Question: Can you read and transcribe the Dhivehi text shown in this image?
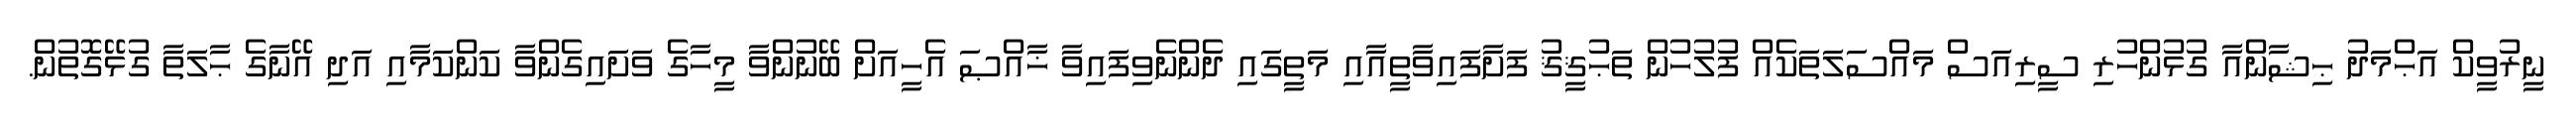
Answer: ނީރުވީކް އަޙްމަދު ޙިޝާންއާ ގުޅުންހުރި ސީރިއަސް މައްސަލަތަކެއް ފުލުހުން ތަޙުޤީޤު ފަށާފައިވާތީއާއި މަތީގައި ދެންނެވިފައިވާ ޚާއްޞަ އެހީއަށް ބޭނުންވާ މީހާގެ ވަށައިގެންވާ ކަންކަމާއި އަދި އޭނާގެ ޙާލަތާ ގުޅޭގޮތުން.